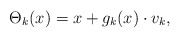
\begin{align*}\Theta_{k}(x)= x + g_k(x)\cdot v_k, \end{align*}